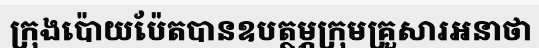
ក្រុងប៉ោយប៉ែតបានឧបត្ថម្ភក្រុមគ្រួសារអនាថា